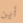
أين